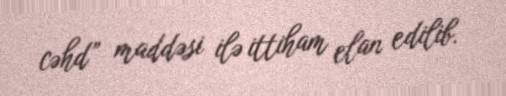
cəhd” maddəsi ilə ittiham elan edilib.